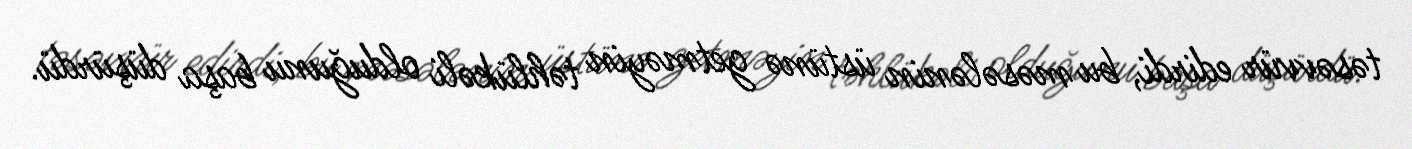
təsəvvür edirdi, bu məsələnin üstünə getməyin təhlükəli olduğunu başa düşürdü.